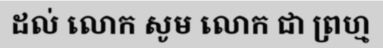
ដល់ លោក សូម លោក ជា ព្រហ្ម